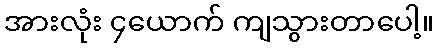
အားလုံး ၄ယောက် ကျသွားတာပေါ့။